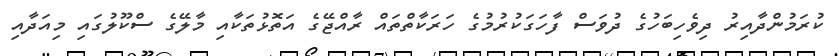
ކުރަމުންދާއިރު ދިވެހިބަހުގެ ދުވަސް ފާހަގަކުރުމުގެ ހަރަކާތްތައް ރާއްޖޭގެ އަތޮޅުތަކާއި މާލޭގެ ސްކޫލުގައި މިއަދާއި